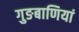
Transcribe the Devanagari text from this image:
गुङबाणियां